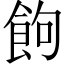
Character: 䬲